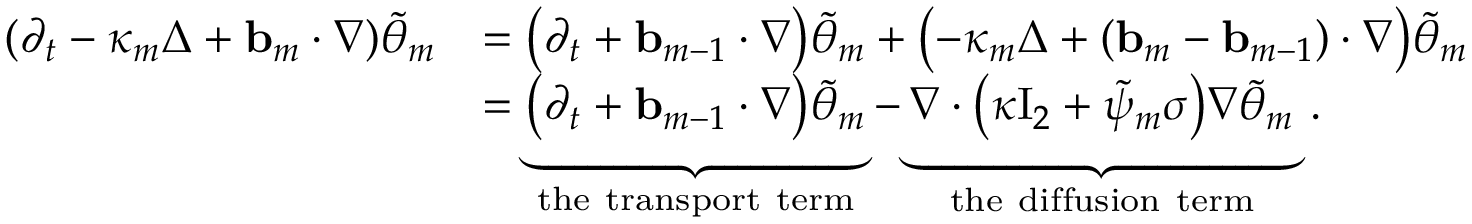
\begin{array} { r l } { ( \partial _ { t } - \kappa _ { m } \Delta + \ensuremath { \mathbf { b } } _ { m } \cdot \nabla ) \tilde { \theta } _ { m } } & { = \bigl ( \partial _ { t } + \ensuremath { \mathbf { b } } _ { m - 1 } \cdot \nabla \bigr ) \tilde { \theta } _ { m } + \bigl ( - \kappa _ { m } \Delta + ( \ensuremath { \mathbf { b } } _ { m } - \ensuremath { \mathbf { b } } _ { m - 1 } ) \cdot \nabla \bigr ) \tilde { \theta } _ { m } } \\ & { = \underbrace { \bigl ( \partial _ { t } + \ensuremath { \mathbf { b } } _ { m - 1 } \cdot \nabla \bigr ) \tilde { \theta } _ { m } } _ { \mathrm { t h e ~ t r a n s p o r t ~ t e r m } } - \underbrace { \nabla \cdot \bigl ( \kappa \ensuremath { \mathrm { I } _ { 2 } } + \tilde { \psi } _ { m } \sigma \bigr ) \nabla \tilde { \theta } _ { m } } _ { \mathrm { t h e ~ d i f f u s i o n ~ t e r m } } \, . } \end{array}